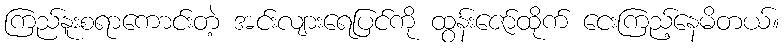
ကြည်နူးစရာကောင်းတဲ့ အင်းလျားရေပြင်ကို ထွန်းဇော်ထိုက် ငေးကြည့်နေမိတယ်။